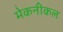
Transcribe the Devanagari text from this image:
मेकनीकल